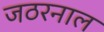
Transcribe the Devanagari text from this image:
जठरनाल